Uue-Poltsamaa_vallakohus, lk 85
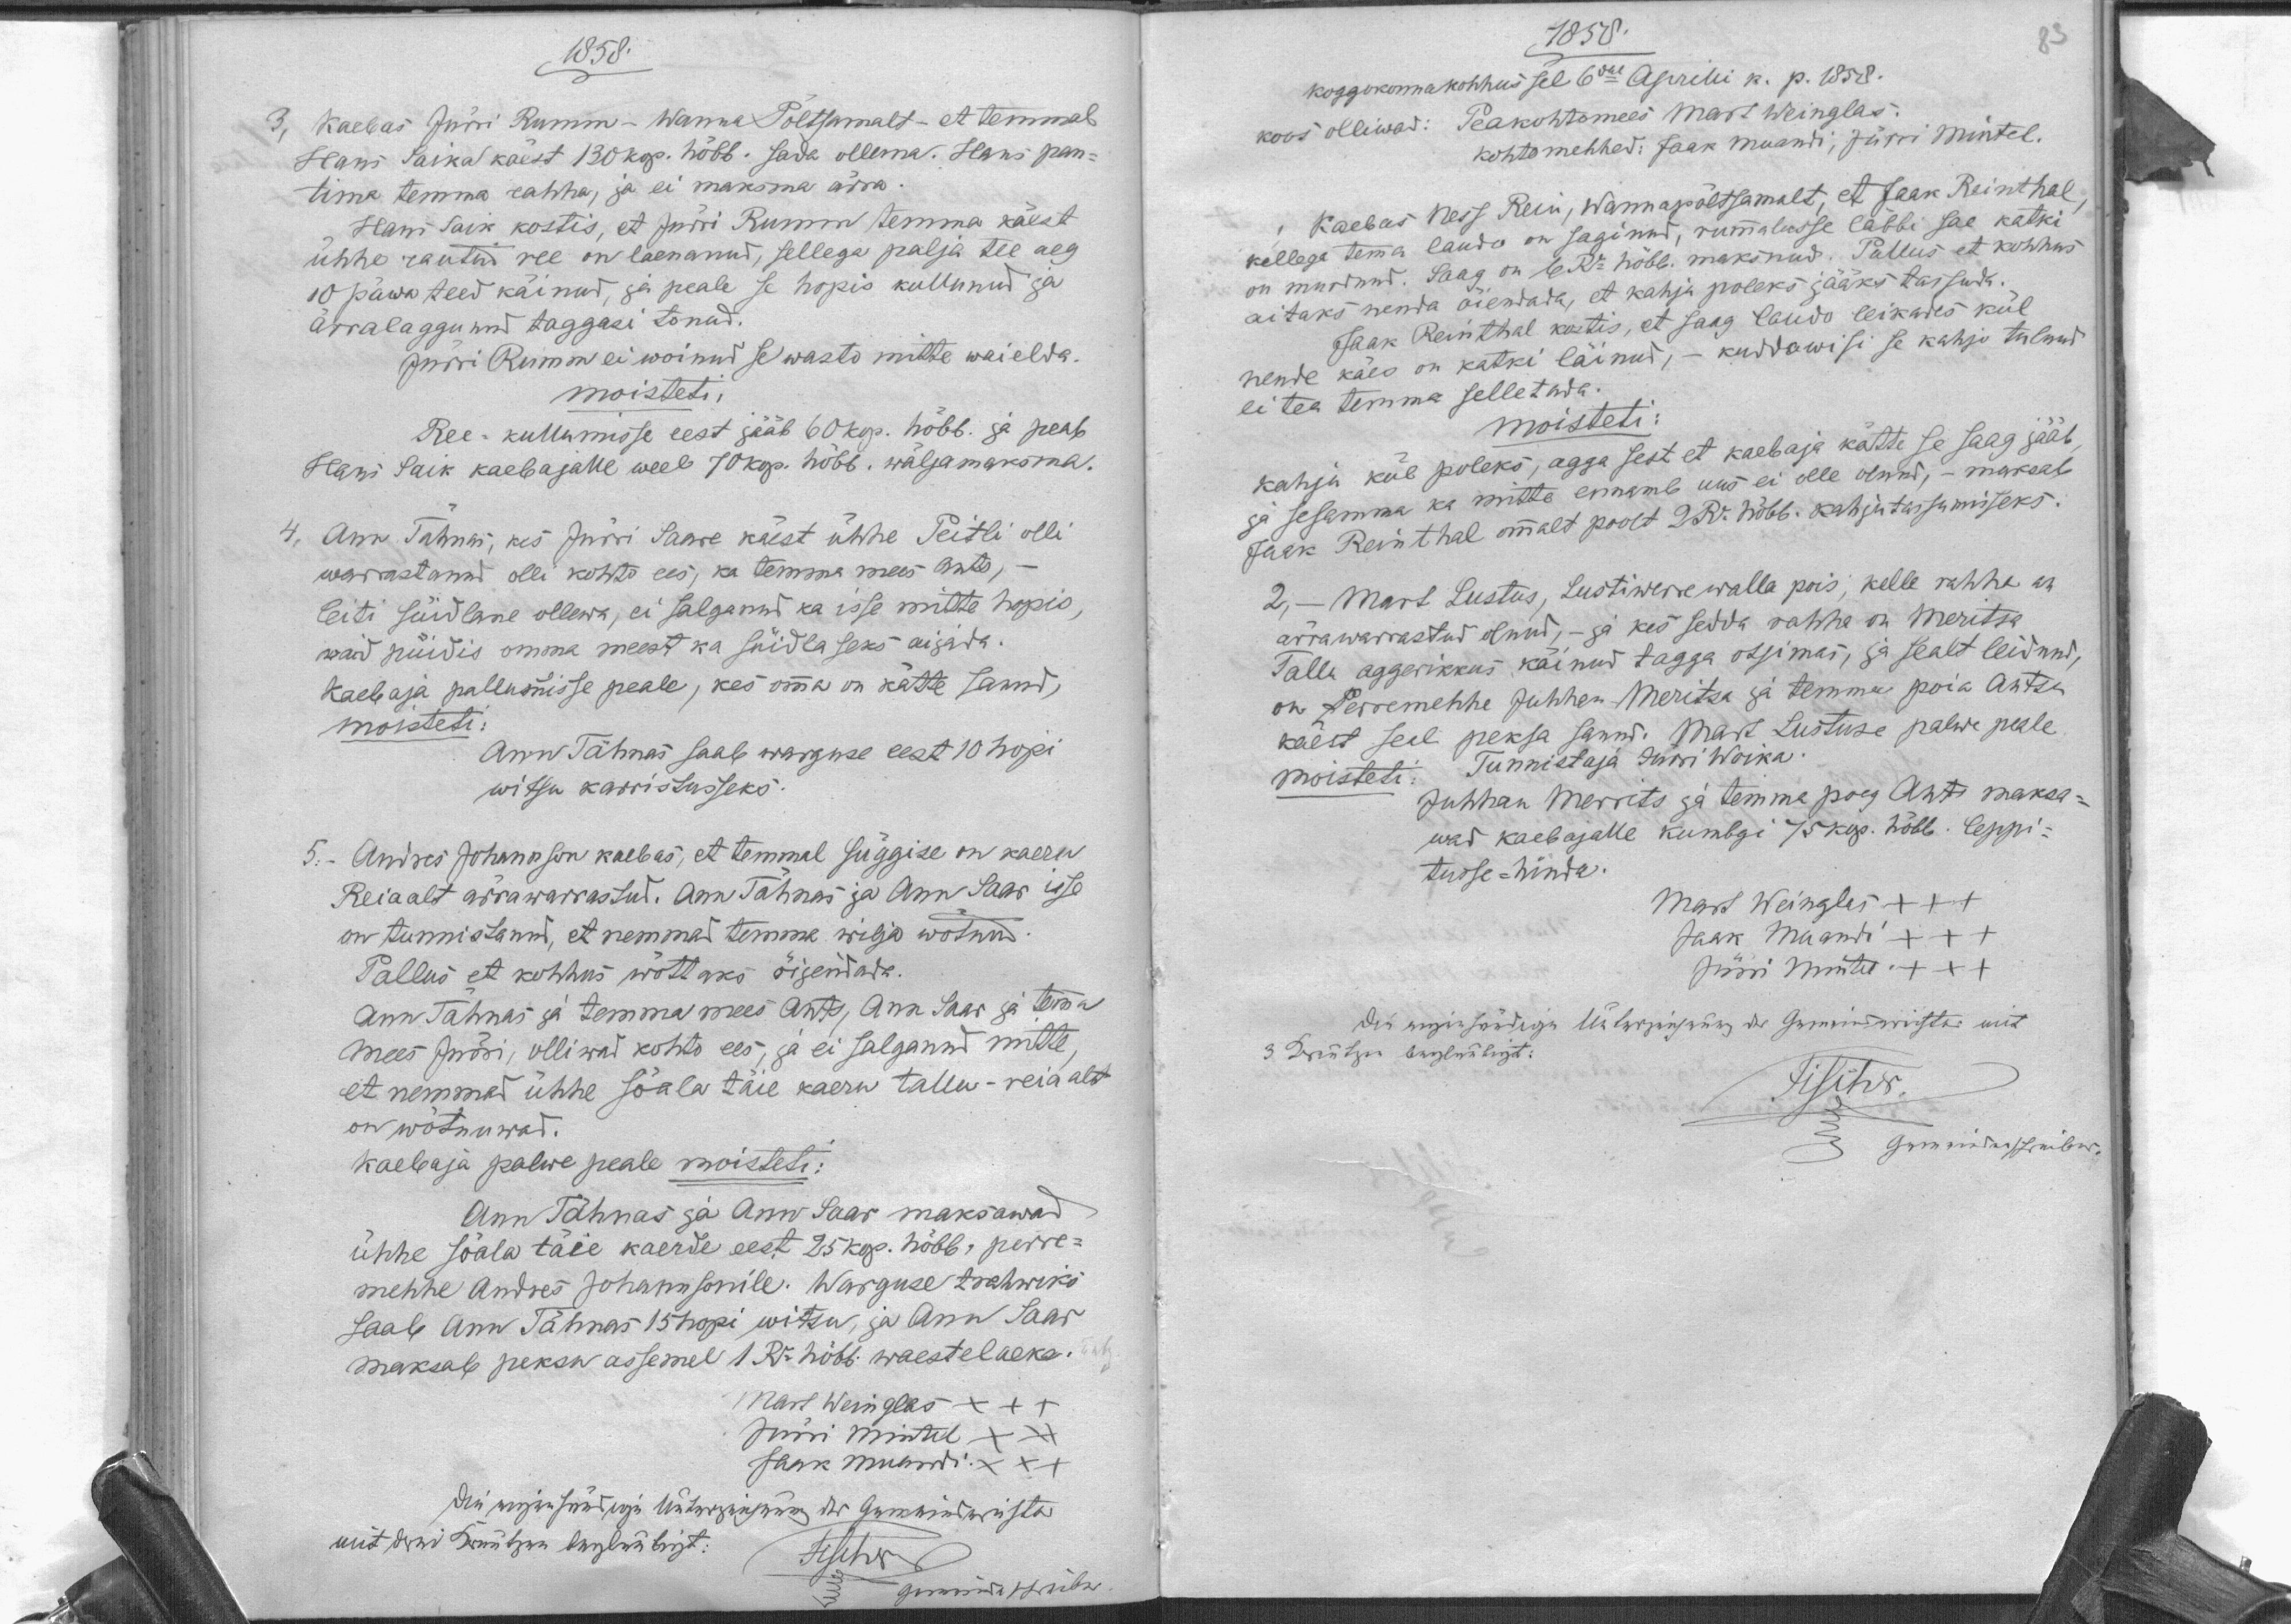
1858.
3, Kaebas Jürri Rumm - Wanna Põltsamalt - et temmal
Hans Saika käest 130 kop. hõbb. sada ollema. Hans pan-
tima temma rahha, ja ei maksma ärra.
Hans Saik kostis, et Jürri Rumm temma käest
ühhe rautud ree on laenanud, sellega palja tee aeg
10 päwa teed käinud, ja peale se hopis kullunud ja
ärralaggunud taggasi tonud.
Jürri Rumm ei woinud se wasto mitte waielda.
moisteti,
Ree-kullumisse eest jääb 60 kop. hõbb. ja peab
Hans Saik kaebajalle weel 70 kop. hõbb. wäljamaksma.
Ann Tähnas, kes Jürri Sanre käest ühhe Peitli olli
warrastanud olli kohto ees, ka temma mees Ants,
leiti süidlane ollewa, ei salganud ka isse mitte hopis
waid püidis omma meest ka süidlaseks aijada.
Kaebaja pallumisse peale, kes omma on kätte sanud,
moisteti:
Ann Tähnas saab warguse eest 10 hopi
witsu karristusseks.
5. Andres Johannson kaebas, et temmal Süggise on kaeru
Reiaalt ärrawarrastud. Ann Tähnas ja Ann Saas isse
on tunnistanud, et nemmad temma wilja wõtnu
Pallus et kohhus wõttaks õijendada.
Ann Tähnas ja temma mees Ants, Ann Sass ja Temma
mees Endri, olliwad kohto ees, ja ei salganud mitte,
et nemmad ühhe Sõala täie kaeru tallu-reiaalt
on wõtnuwad.
Kaebaja palwe peale moisteti:
Ann Tähnas ja Ann Saar maksawad
ühhe Sõala täie kaerde eest 25 kop. hõbb. perre-
mehhe Andres Johannsonile. Warguse trahwiks
saab Ann Tähnas 15 hopi witsu ja Ann Saas
maksab peksu assemel 1 Ru hõbb waestelaeka.
Mart Weinglas XXX
Jürri Mintel XXX
Jaak Muandi XXX

1858.
koggokonna kohhus sel 6dal Aprilli k. p. 1858.
koos olliwad: Peakohtomees Mart Weinglas
kohtomehhed: Jaak Muandi, Jürri Mintel.
Kaebas Ness Rein, Wannapõltsamalt, et Jaak Reinthal
kellega temma lauda on saginud, rummalusse läbbi sae katki
on murtnud. Saag on 6 Ru hõbb. maksnud. Pallus et kohhus
aitaks nenda õienada, et kahju poleks jääks tassuda.
Jaak Reinthal kostis, et Saag laudo leikades kül
kuddawisi se kahju tulnud
nende käes on katki läinud,
ei tea temma selletada.
moisteti:
kahju kül poleks, agga sest et kaebaja kätte se saag jääb
ja sesamma ka mitto ennamb uus ei olle olnud, - maksab
Jaak Reinthal ommalt poolt 2Ru hõbb. kahjutassumiseks.
2, - Mart Lustus, Lustiwerre walla pois, kelle rahha on
ärrawarrastud olnud, - ja kes sedda rahha on Meritsa
Tallu aggarikkus käinud tagga otsimas, ja sealt leidnud,
on Perremehhe Juhhan Meritsa ja temma poia Antsu
käest seal peksa sanud. Mart Lustuse palwe peale
Tunnistaja Jürri Woika.
moisteti:
Juhhan Merrits ja temma poeg Ants maksa-
wad kaebajalle kumbgi 75 kop. hõbb. leppi-
tusse-hinde.
Mart Weinglas XXX
Jaak Muandi XXX
Jürri Mintel XXX